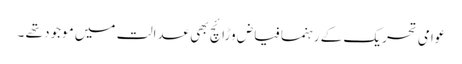
عوامی تحریک کے رہنما فیاض وڑائچ بھی عدالت میں موجود تھے ۔